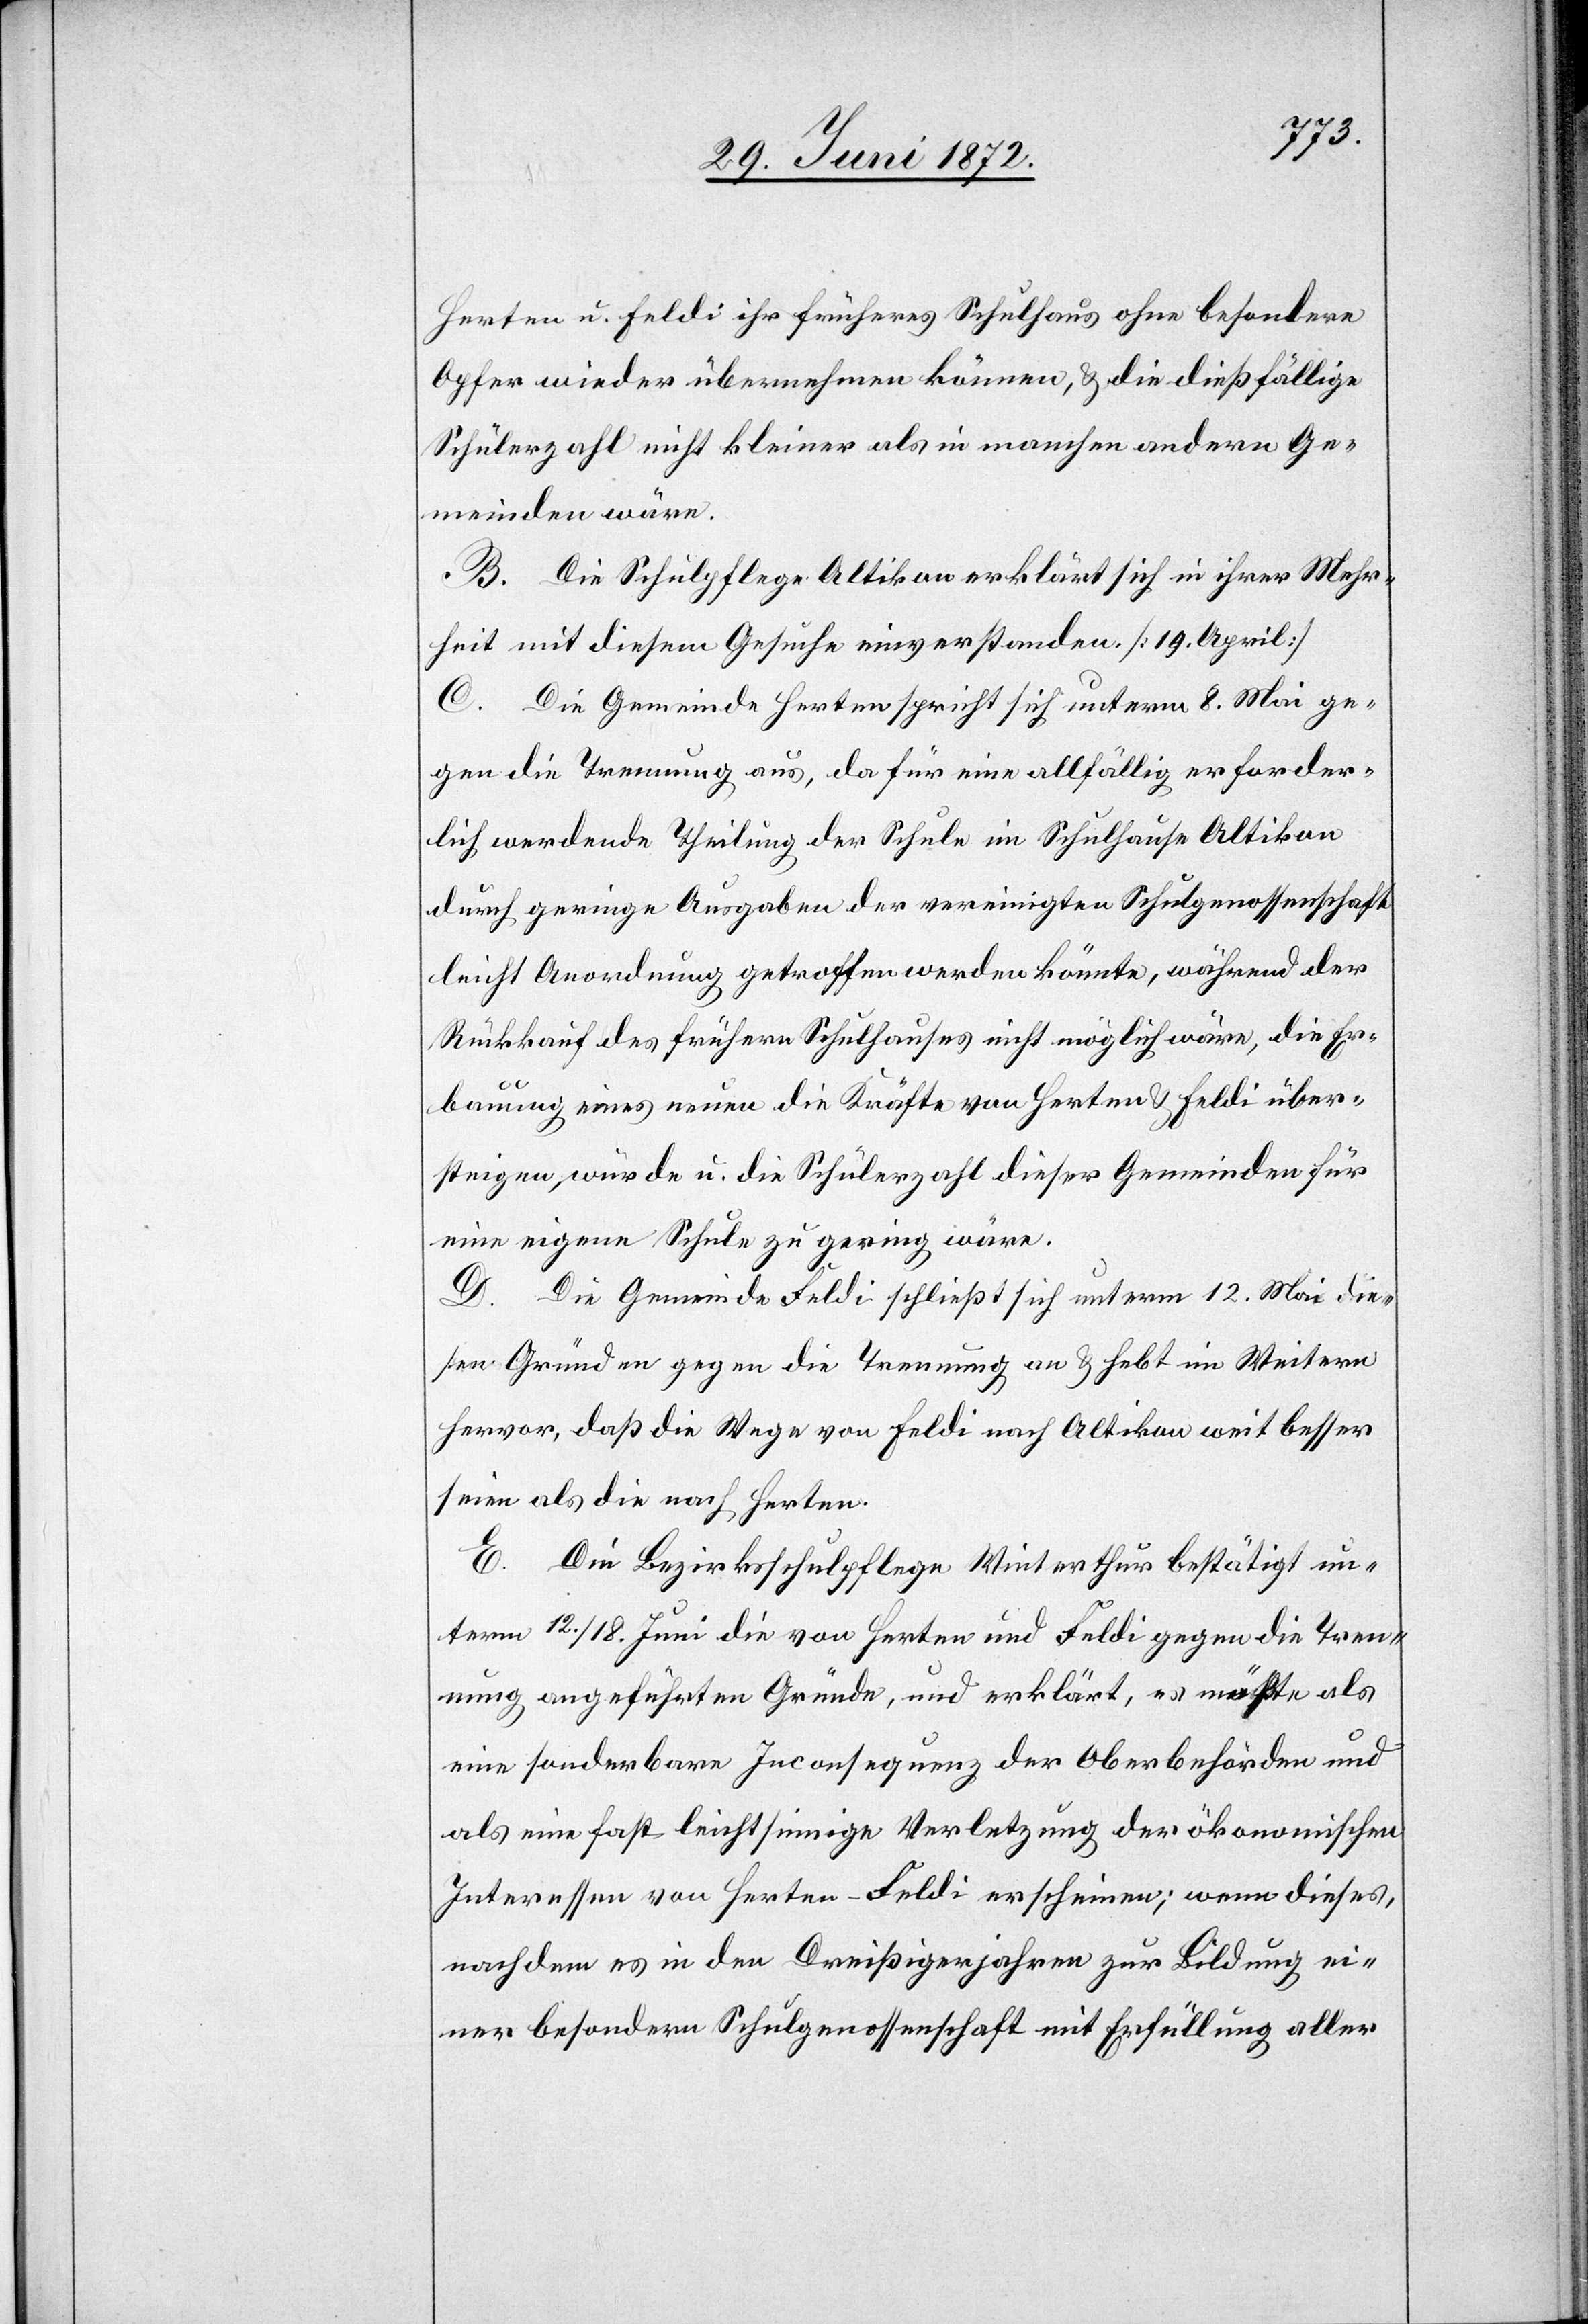
Herten u. Feldi ihr früheres Schulhaus ohne besondere
Opfer wieder übernehmen können, u. die dießfällige
Schülerzahl nicht kleiner als in manchen andern Ge¬
meinden wäre.
B. Die Schulpflege Altikon erklärt sich in ihrer Mehr¬
heit mit diesem Gesuche einverstanden [19. April].
C. Die Gemeinde Herten spricht sich unterm 8. Mai ge¬
gen die Trennung aus, da für eine allfällig erforder¬
lich werdende Theilung der Schule im Schulhause Altikon
durch geringe Ausgaben der vereinigten Schulgenossenschaft
leicht Anordnung getroffen werden könnte, während der
Rückkauf des frühern Schulhauses nicht möglich wäre, die Er¬
bauung eines neuen die Kräfte von Herten u. Feldi über¬
steigen würde u. die Schülerzahl dieser Gemeinden für
eine eigene Schule zu gering wäre.
D. Die Gemeinde Feldi schließt sich unterm 12. Mai die¬
sen Gründen gegen die Trennung an u. hebt im Weitern
hervor, daß die Wege von Feldi nach Altikon weit besser
seien als die nach Herten.
E. Die Bezirksschulpflege Winterthur bestätigt un¬
term 12./18. Juni die von Herten und Feldi gegen die Tren¬
nung angeführten Gründe, und erklärt, es möchte als
eine sonderbare Inconsequenz der Oberbehörde und
als eine fast leichtsinnige Verletzung der ökonomischen
Interessen von Herten-Feldi erscheinen; wenn dieses,
nachdem es in den Dreißigerjahren zur Bildung ei¬
ner besondern Schulgenossenschaft mit Erfüllung aller